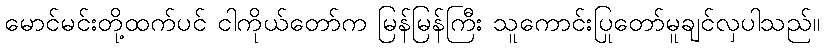
မောင်မင်းတို့ထက်ပင် ငါကိုယ်တော်က မြန်မြန်ကြီး သူကောင်းပြုတော်မူချင်လှပါသည်။